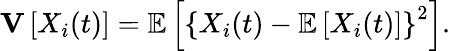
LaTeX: \mathbf{V}\left[X_{i}(t)\right]=\operatorname{\mathbb{E}}\left[\left\{ X_{i}(t)-\operatorname{\mathbb{E}}\left[X_{i}(t)\right]\right\} ^{2}\right].